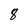
Character: 8